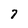
Character: 7